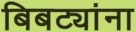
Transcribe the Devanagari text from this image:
बिबट्यांना